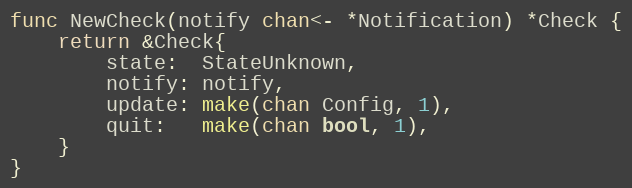
Language: Go
func NewCheck(notify chan<- *Notification) *Check {
	return &Check{
		state:  StateUnknown,
		notify: notify,
		update: make(chan Config, 1),
		quit:   make(chan bool, 1),
	}
}